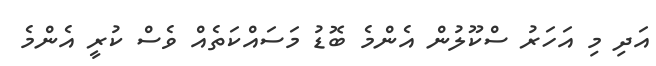
އަދި މި އަހަރު ސްކޫލުން އެންމެ ބޮޑު މަސައްކަތެއް ވެސް ކުރީ އެންމެ